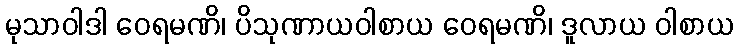
မုသာဝါဒါ ဝေရမဏိ၊ ပိသုဏာယဝါစာယ ဝေရမဏိ၊ ဒူလာယ ဝါစာယ